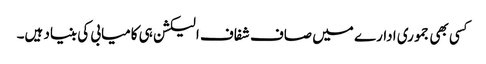
کسی بھی جموری ادارے میں صاف شفاف الیکشن ہی کامیابی کی بنیاد ہیں۔